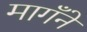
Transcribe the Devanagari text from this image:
मागँने